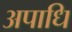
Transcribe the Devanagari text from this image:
अपाधि